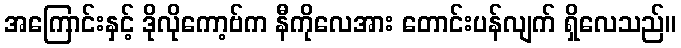
အကြောင်းနှင့် ဒိုလိုကော့ဗ်က နီကိုလေအား တောင်းပန်လျက် ရှိလေသည်။